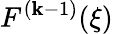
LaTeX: F^{(\mathbf{k}-1)}(\xi)